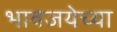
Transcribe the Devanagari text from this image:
भावजयेच्या